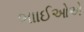
ભાાઈઓએ